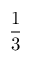
\frac 1 3